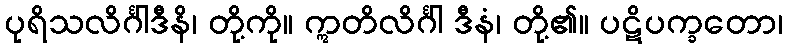
ပုရိသလိင်္ဂါဒီနိ၊ တို့ကို။ ဣတိလိင်္ဂါ ဒီနံ၊ တို့၏။ ပဋိပက္ခတော၊